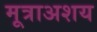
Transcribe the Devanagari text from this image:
मूत्राअशय